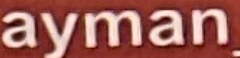
ayman